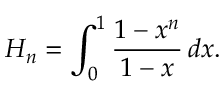
H _ { n } = \int _ { 0 } ^ { 1 } { \frac { 1 - x ^ { n } } { 1 - x } } \, d x .